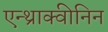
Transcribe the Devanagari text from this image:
एन्थ्राक्वीनिन